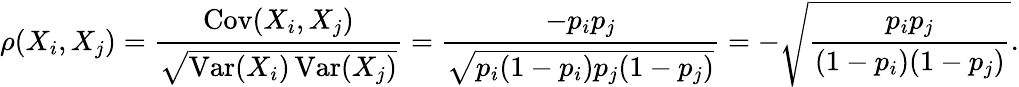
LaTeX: \rho(X_{i},X_{j})={\frac{\operatorname{Cov}(X_{i},X_{j})}{\sqrt{\operatorname{Var}(X_{i})\operatorname{Var}(X_{j})}}}={\frac{-p_{i}p_{j}}{\sqrt{p_{i}(1-p_{i})p_{j}(1-p_{j})}}}=-{\sqrt{\frac{p_{i}p_{j}}{(1-p_{i})(1-p_{j})}}}.